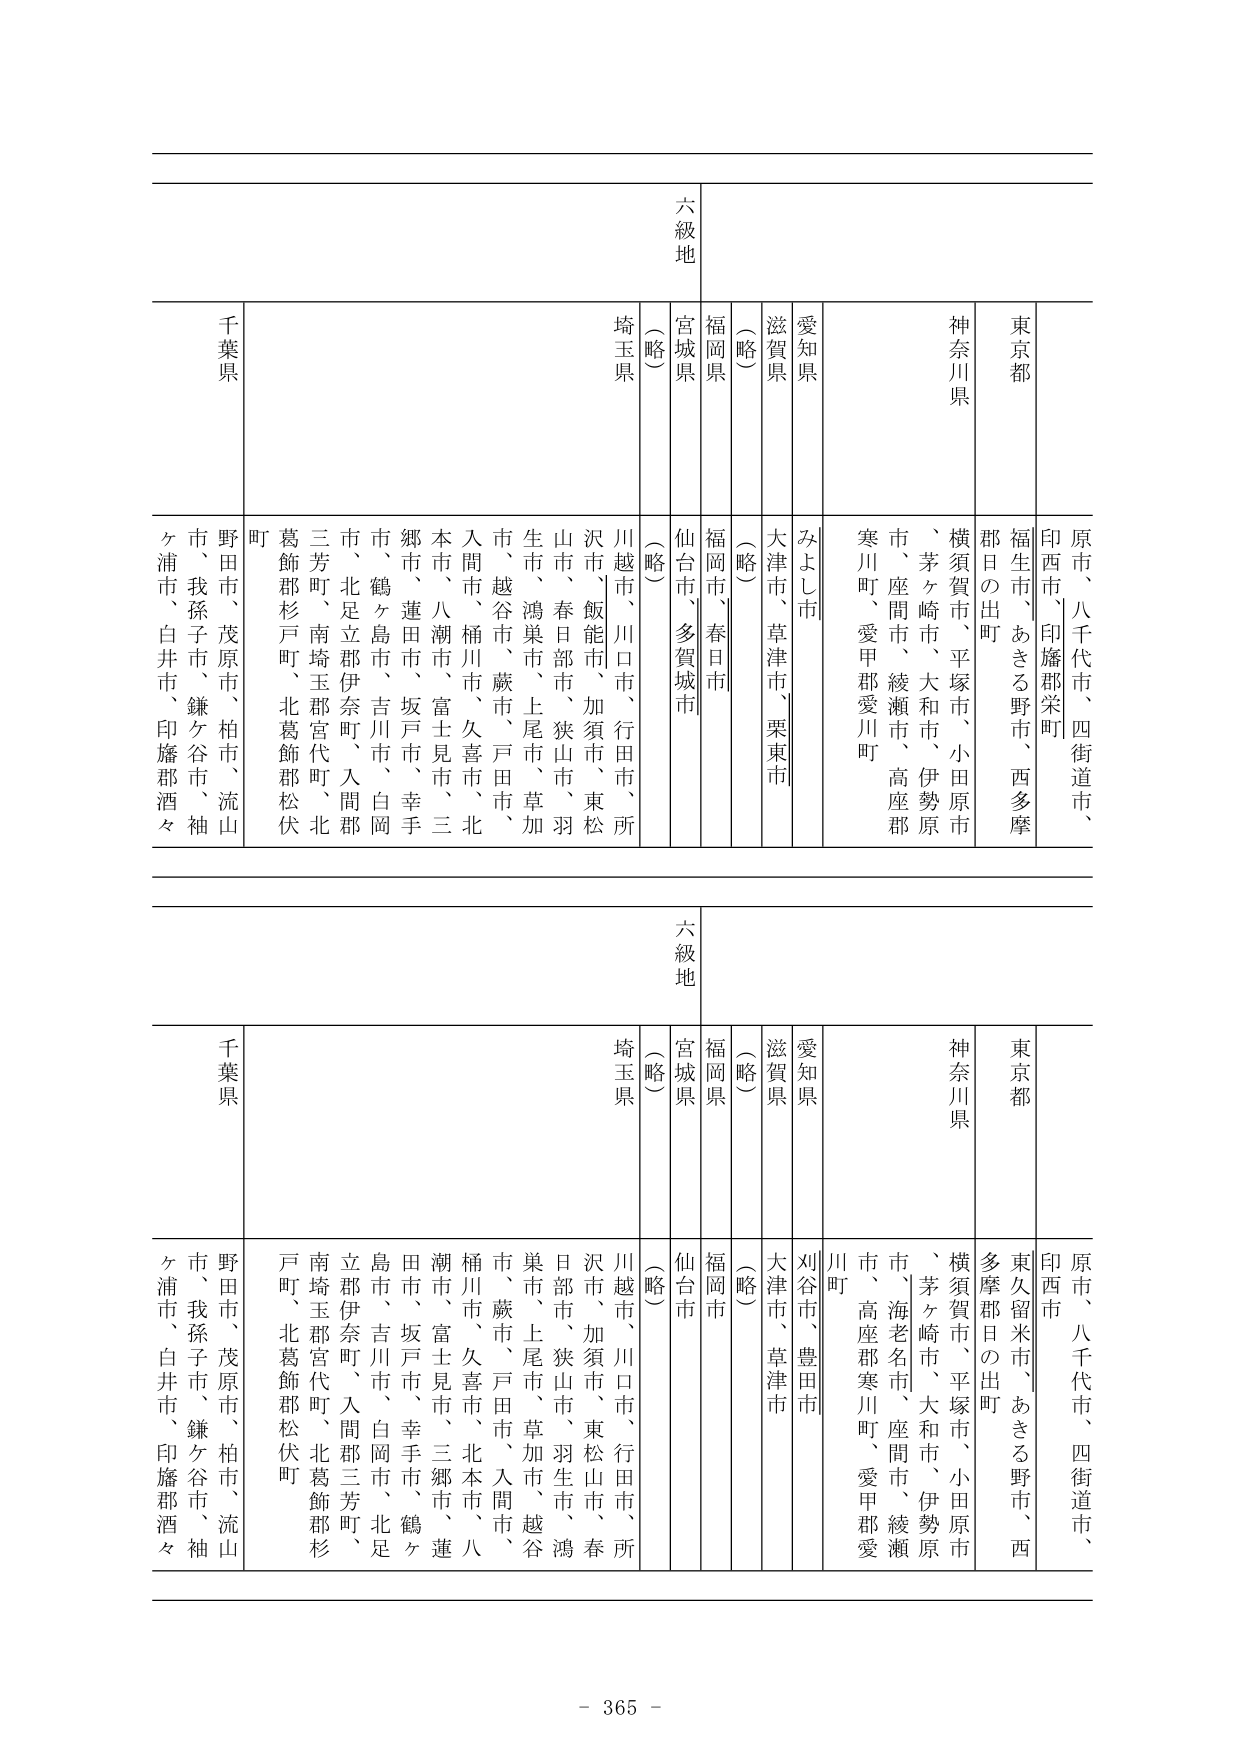
六級地
東京都
神奈川県
愛知県
滋賀県
福岡県
宮城県
（略）
埼玉県
千葉県
原市、八千代市、四街道市、
印西市、印旛郡栄町
福生市、あきる野市、西多摩
郡日の出町
横須賀市、平塚市、小田原市
、茅ヶ崎市、大和市、伊勢原
市、座間市、綾瀬市、高座郡
寒川町、愛甲郡愛川町
みよし市
大津市、草津市、栗東市
（略）
福岡市、春日市
仙台市、多賀城市
（略）
川越市、川口市、行田市、所
沢市、飯能市、加須市、東松
山市、春日部市、狭山市、羽
生市、鴻巣市、上尾市、草加
市、越谷市、蕨市、戸田市、
入間市、桶川市、久喜市、北
本市、八潮市、富士見市、三
郷市、蓮田市、坂戸市、幸手
市、鶴ヶ島市、吉川市、白岡
市、北足立郡伊奈町、入間郡
三芳町、南埼玉郡宮代町、北
葛飾郡杉戸町、北葛飾郡松伏
町
野田市、茂原市、柏市、流山
市、我孫子市、鎌ケ谷市、袖
ケ浦市、白井市、印旛郡酒々
六級地
東京都
神奈川県
愛知県
滋賀県
福岡県
宮城県
（略）
埼玉県
千葉県
原市、八千代市、四街道市、
印西市
東久留米市、あきる野市、西
多摩郡日の出町
横須賀市、平塚市、小田原市
、茅ヶ崎市、大和市、伊勢原
市、海老名市、座間市、綾瀬
市、高座郡寒川町、愛甲郡愛
川町
刈谷市、豊田市
大津市、草津市
（略）
福岡市
仙台市
（略）
川越市、川口市、行田市、所
沢市、加須市、東松山市、春
日部市、狭山市、羽生市、鴻
巣市、上尾市、草加市、越谷
市、蕨市、戸田市、入間市、
桶川市、久喜市、北本市、八
潮市、富士見市、三郷市、蓮
田市、坂戸市、幸手市、鶴ヶ
島市、吉川市、白岡市、北足
立郡伊奈町、入間郡三芳町、
南埼玉郡宮代町、北葛飾郡杉
戸町、北葛飾郡松伏町
野田市、茂原市、柏市、流山
市、我孫子市、鎌ケ谷市、袖
ケ浦市、白井市、印旛郡酒々
- 365 -